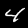
Digit: 4